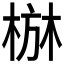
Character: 𱣭